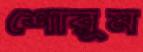
শোরুম